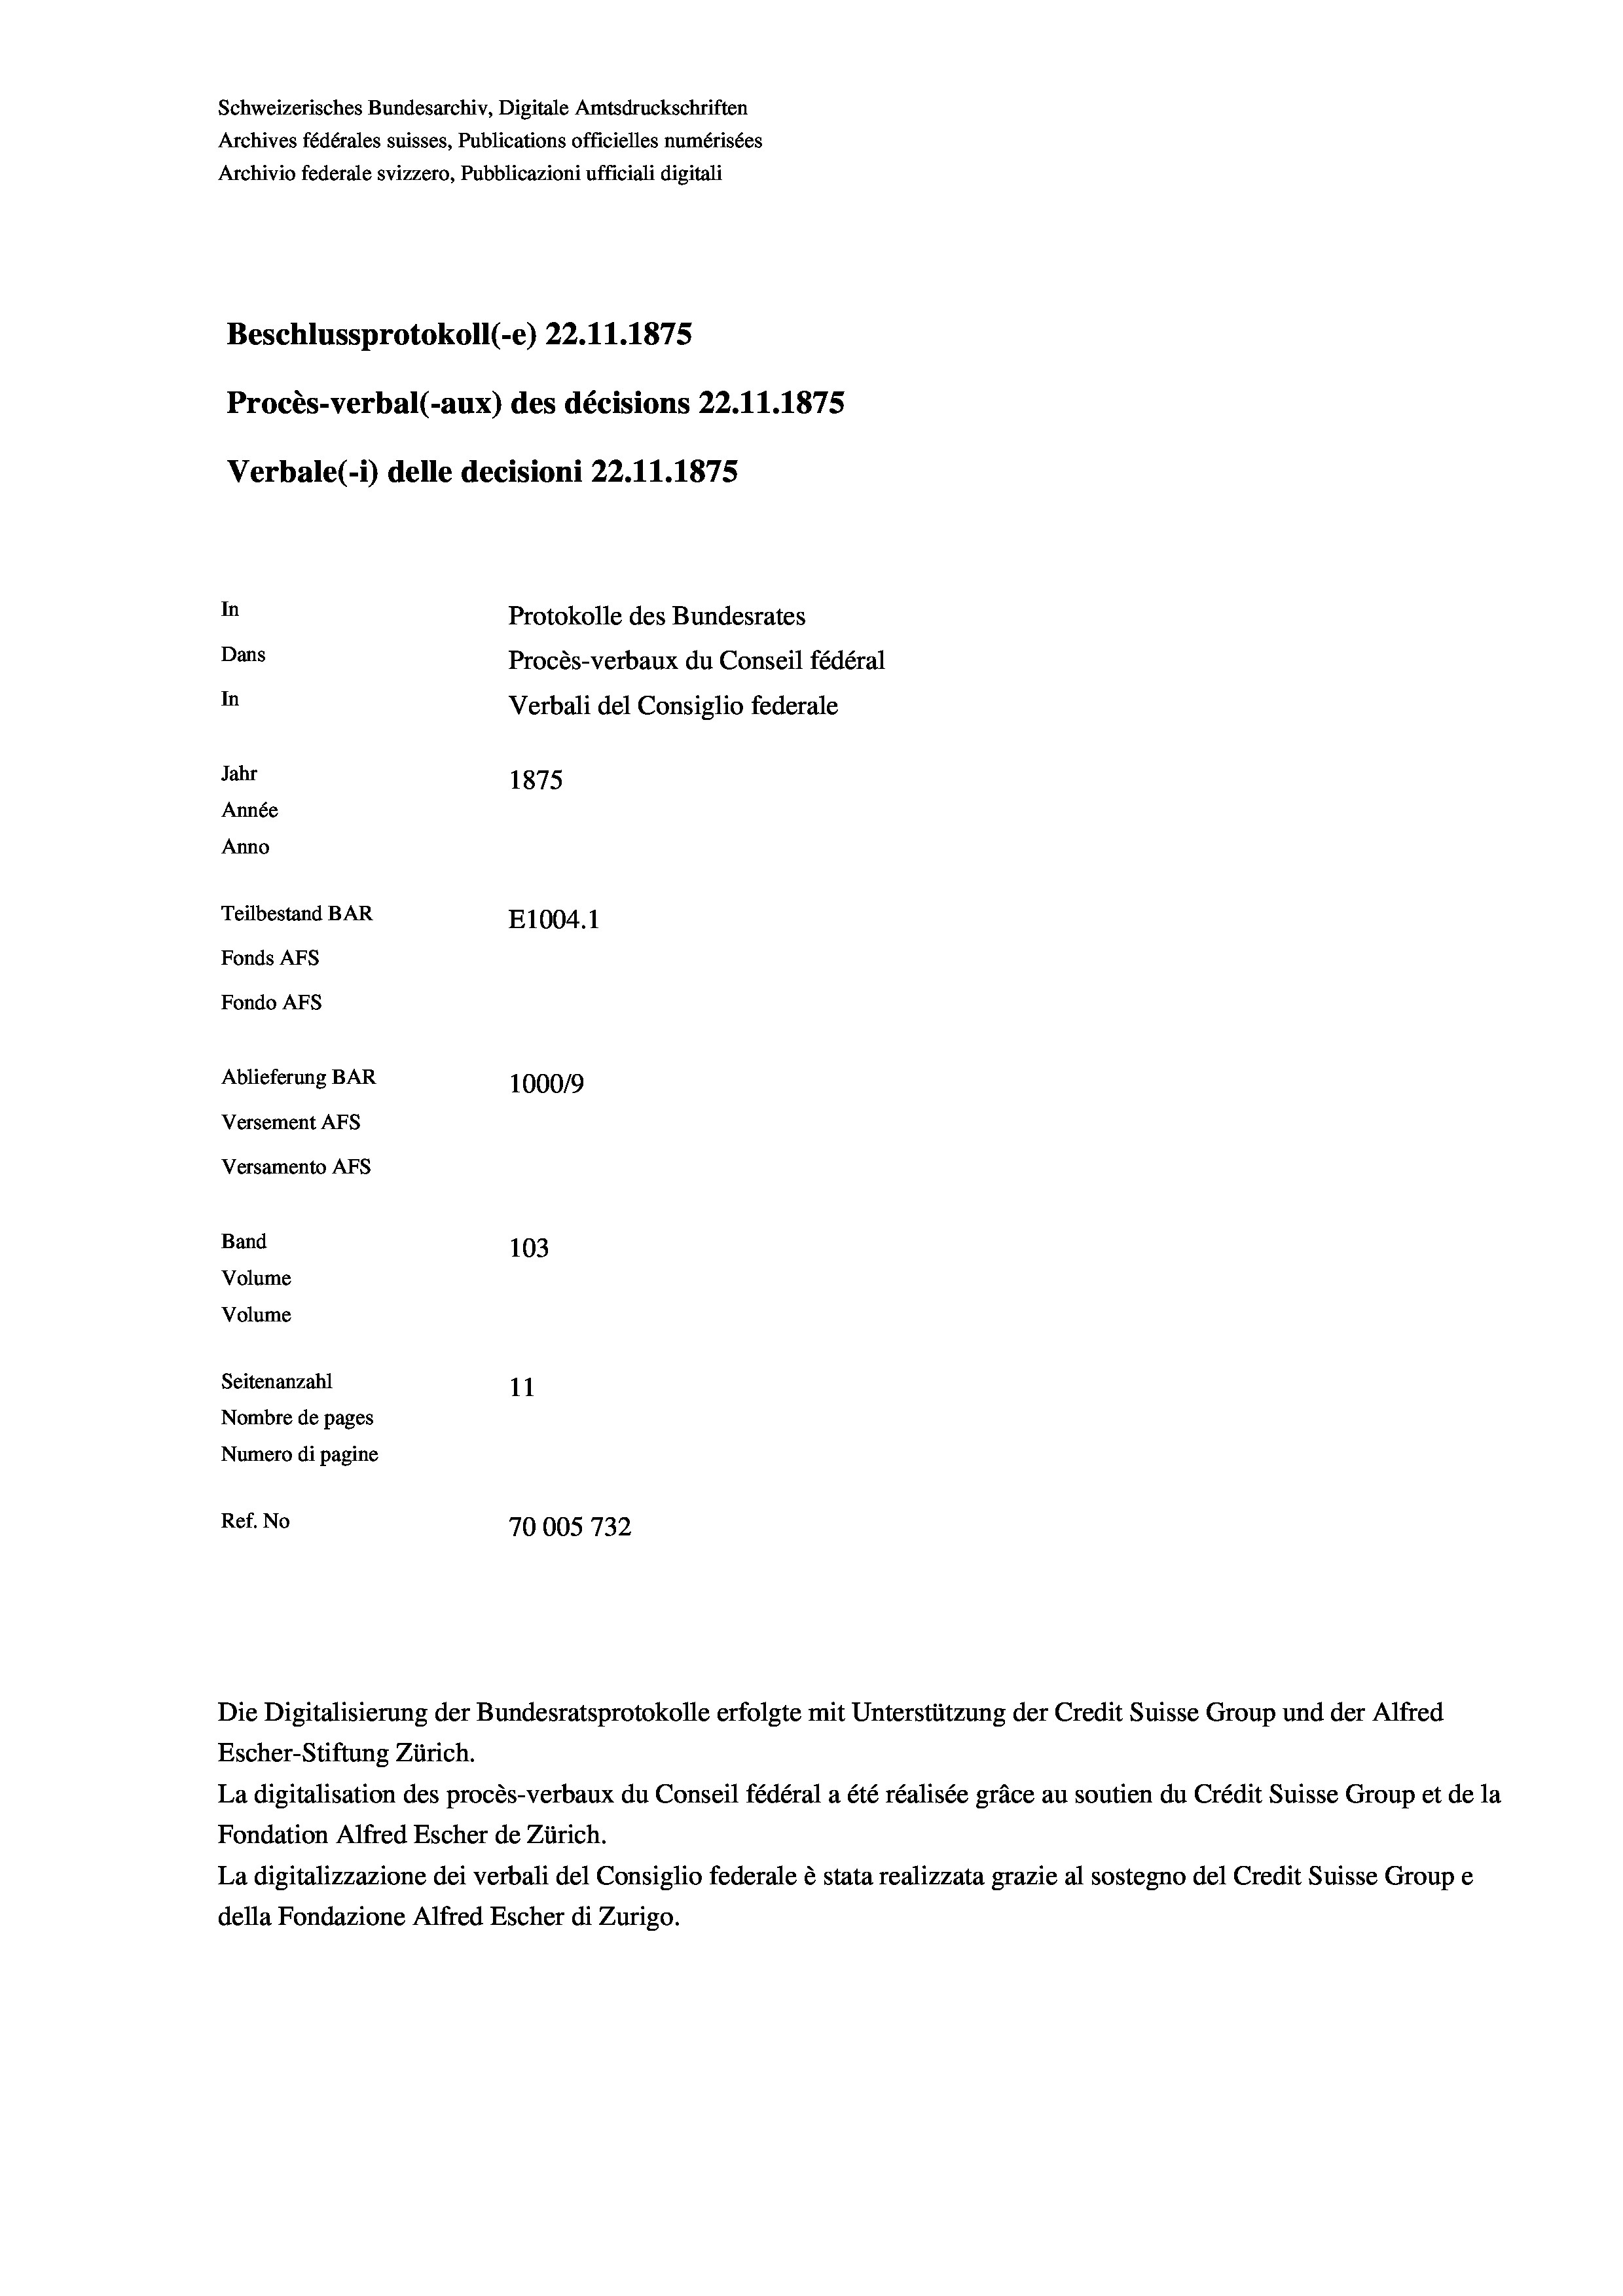
Schweizerisches Bundesarchiv, Digitale Amtsdruckschriften
Archives fédérales suisses, Publications officielles numérisées
Archivio federale svizzero, Pubblicazioni ufficiali digitali
Beschlussprotokoll (-e) 22.11.1875
Procès-verbal (-aux) des décisions 22.11.1875
Verbale (i) delle decisioni 22.11.1875
In
Protokolle des Bundesrates
Dans
Procès-verbaux du Conseil fédéral
In
Verbali del Consiglio federale
Jahr
1875
Année
Anno
Teilbestand BAR
E1004.1
Fonds AFs
Fondo AFS
Ablieferung BAR
1000/9
Versement Abs
Versamento Afs
Band
103

Volume
Volume
Seitenanzahl
11
Nombre de pages
Numero di pagine
Ref. No
70005732

Escher-Stiftung Zürich.
La digitalisation des procès-verbaux du Conseil fédéral a été réalisée gräce au soutien du Crédit Suisse Group et de la
Fondation Alfred Escher de Zürich.
La digitalizzazione dei verbali del Consiglio federale è stata realizzata grazie al sostegno del Credit Suisse Groupe
della Fondazione Alfred Escher di Zurigo.

Die Digitalisierung der Bundesratsprotokolle erfolgte mit Unterstützung der Credit Suisse Group und der Alfred